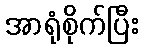
အာရုံစိုက်ပြီး